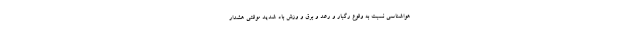
هواشناسی نسبت به وقوع رگبار و رعد و برق و وزش باد شدید موقتی هشدار